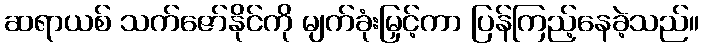
ဆရာယစ် သက်ဇော်နိုင်ကို မျက်ခုံးမြှင့်ကာ ပြန်ကြည့်နေခဲ့သည်။